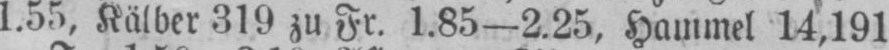
1.55, Kälber 319 zu Fr. 1.85-2.25. Hammel 14,191